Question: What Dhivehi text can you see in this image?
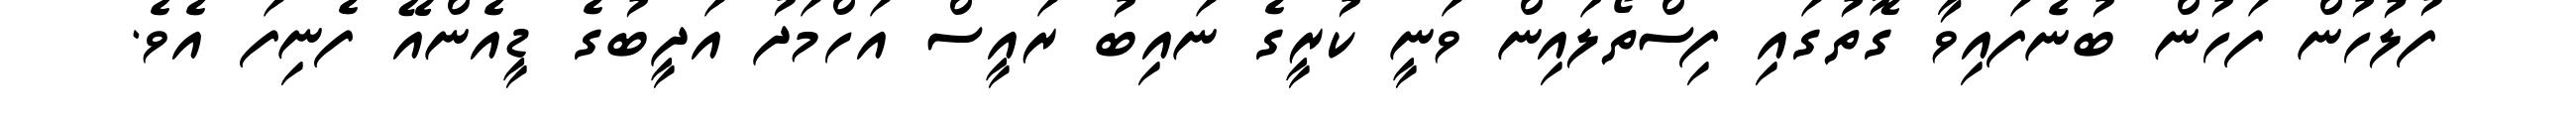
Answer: ފުލުހުން ފަހުން ބުނެފައިވާ ގޮތުގައި ފިސްތޯލައިން ވަނީ ކުރީގެ ނައިބު ރައީސް އަހްމަދު އަދީބުގެ ޑީއެންއޭ ފެނިފަ އެވެ.